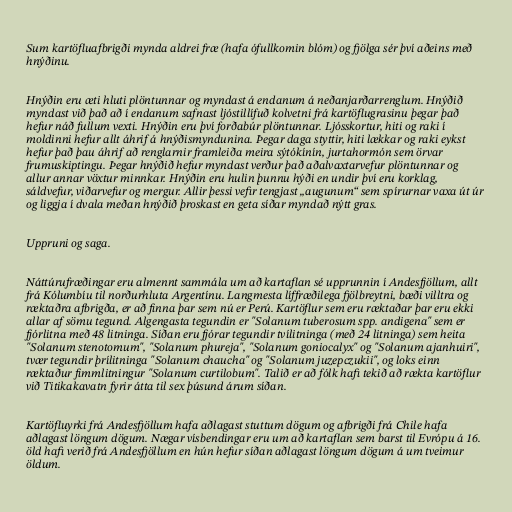
Sum kartöfluafbrigði mynda aldrei fræ (hafa ófullkomin blóm) og fjölga sér því aðeins með
hnýðinu.

Hnýðin eru æti hluti plöntunnar og myndast á endanum á neðanjarðarrenglum. Hnýðið
myndast við það að í endanum safnast ljóstillífuð kolvetni frá kartöflugrasinu þegar það
hefur náð fullum vexti. Hnýðin eru því forðabúr plöntunnar. Ljósskortur, hiti og raki í
moldinni hefur allt áhrif á hnýðismyndunina. Þegar daga styttir, hiti lækkar og raki eykst
hefur það þau áhrif að renglarnir framleiða meira sýtókínín, jurtahormón sem örvar
frumuskiptingu. Þegar hnýðið hefur myndast verður það aðalvaxtarvefur plöntunnar og
allur annar vöxtur minnkar. Hnýðin eru hulin þunnu hýði en undir því eru korklag,
sáldvefur, viðarvefur og mergur. Allir þessi vefir tengjast „augunum“ sem spírurnar vaxa út úr
og liggja í dvala meðan hnýðið þroskast en geta síðar myndað nýtt gras.

Uppruni og saga.

Náttúrufræðingar eru almennt sammála um að kartaflan sé upprunnin í Andesfjöllum, allt
frá Kólumbíu til norðurhluta Argentínu. Langmesta líffræðilega fjölbreytni, bæði villtra og
ræktaðra afbrigða, er að finna þar sem nú er Perú. Kartöflur sem eru ræktaðar þar eru ekki
allar af sömu tegund. Algengasta tegundin er "Solanum tuberosum spp. andigena" sem er
fjórlitna með 48 litninga. Síðan eru fjórar tegundir tvílitninga (með 24 litninga) sem heita
"Solanum stenotomum", "Solanum phureja", "Solanum goniocalyx" og "Solanum ajanhuiri",
tvær tegundir þrílitninga "Solanum chaucha" og "Solanum juzepczukii", og loks einn
ræktaður fimmlitningur "Solanum curtilobum". Talið er að fólk hafi tekið að rækta kartöflur
við Titikakavatn fyrir átta til sex þúsund árum síðan.

Kartöfluyrki frá Andesfjöllum hafa aðlagast stuttum dögum og afbrigði frá Chile hafa
aðlagast löngum dögum. Nægar vísbendingar eru um að kartaflan sem barst til Evrópu á 16.
öld hafi verið frá Andesfjöllum en hún hefur síðan aðlagast löngum dögum á um tveimur
öldum.